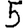
Digit: 5